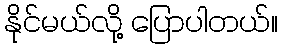
နိုင်မယ်လို့ ပြောပါတယ်။